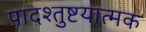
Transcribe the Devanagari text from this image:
पादश्तुष्टयात्मक